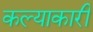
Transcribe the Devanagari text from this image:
कल्याकारी